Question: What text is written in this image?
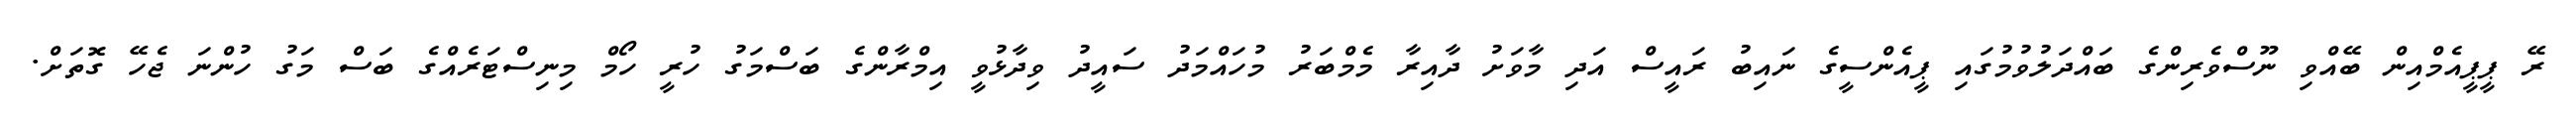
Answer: ރޭ ޕީޕީއެމްއިން ބޭއްވި ނޫސްވެރިންގެ ބައްދަލުވުމުގައި ޕީއެންސީގެ ނައިބު ރައީސް އަދި މާވަށު ދާއިރާ މެމްބަރު މުހައްމަދު ސައީދު ވިދާޅުވީ އިމްރާންގެ ބަސްމަގު ހުރީ ހޯމް މިނިސްޓަރެއްގެ ބަސް މަގު ހުންނަ ޖެހޭ ގޮތަށް.